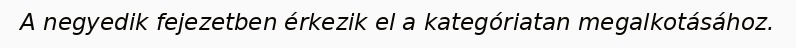
A negyedik fejezetben érkezik el a kategóriatan megalkotásához.